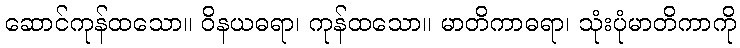
ဆောင်ကုန်ထသော။ ဝိနယဓရာ၊ ကုန်ထသော။ မာတိကာဓရာ၊ သုံးပုံမာတိကာကို